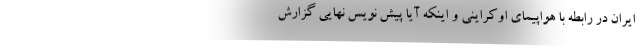
ایران در رابطه با هواپیمای اوکراینی و اینکه آیا پیش نویس نهایی گزارش